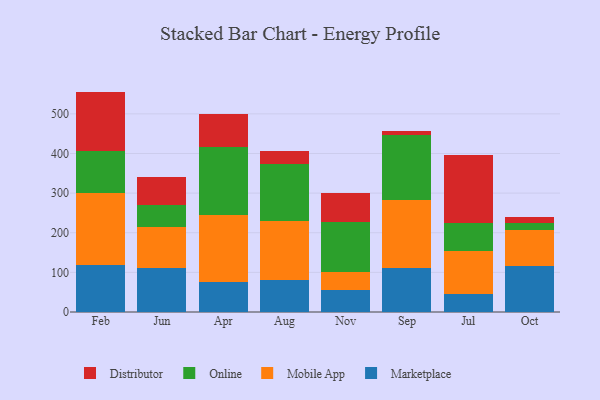
{"axis": {"x": "Month", "y": "Conversion Rate (%)"}, "legend": ["Distributor", "Marketplace", "Mobile App", "Online"], "data": [{"x": "Feb", "y": 119.7, "type": "Marketplace"}, {"x": "Feb", "y": 179.8, "type": "Mobile App"}, {"x": "Feb", "y": 106.5, "type": "Online"}, {"x": "Feb", "y": 150.1, "type": "Distributor"}, {"x": "Jun", "y": 110.2, "type": "Marketplace"}, {"x": "Jun", "y": 104.1, "type": "Mobile App"}, {"x": "Jun", "y": 55.0, "type": "Online"}, {"x": "Jun", "y": 71.2, "type": "Distributor"}, {"x": "Apr", "y": 74.7, "type": "Marketplace"}, {"x": "Apr", "y": 168.9, "type": "Mobile App"}, {"x": "Apr", "y": 173.0, "type": "Online"}, {"x": "Apr", "y": 83.7, "type": "Distributor"}, {"x": "Aug", "y": 81.5, "type": "Marketplace"}, {"x": "Aug", "y": 148.8, "type": "Mobile App"}, {"x": "Aug", "y": 142.5, "type": "Online"}, {"x": "Aug", "y": 33.9, "type": "Distributor"}, {"x": "Nov", "y": 56.7, "type": "Marketplace"}, {"x": "Nov", "y": 43.3, "type": "Mobile App"}, {"x": "Nov", "y": 127.4, "type": "Online"}, {"x": "Nov", "y": 73.5, "type": "Distributor"}, {"x": "Sep", "y": 110.5, "type": "Marketplace"}, {"x": "Sep", "y": 172.3, "type": "Mobile App"}, {"x": "Sep", "y": 165.0, "type": "Online"}, {"x": "Sep", "y": 8.8, "type": "Distributor"}, {"x": "Jul", "y": 44.9, "type": "Marketplace"}, {"x": "Jul", "y": 109.6, "type": "Mobile App"}, {"x": "Jul", "y": 69.3, "type": "Online"}, {"x": "Jul", "y": 172.6, "type": "Distributor"}, {"x": "Oct", "y": 115.3, "type": "Marketplace"}, {"x": "Oct", "y": 92.1, "type": "Mobile App"}, {"x": "Oct", "y": 16.8, "type": "Online"}, {"x": "Oct", "y": 15.7, "type": "Distributor"}]}